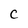
Character: C